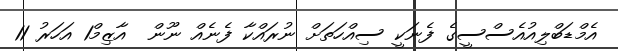
އެމްޑަބްލިއުއެސްސީގެ ފެނަކީ ސިއްހަތަށް ނުރައްކާ ފެނެއް ނޫން  އާޒިމް1 އަހަރު 11